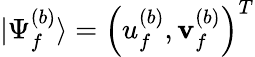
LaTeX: |\Psi_{f}^{(b)}\rangle=\left(u_{f}^{(b)},\mathbf{v}_{f}^{(b)}\right)^{T}